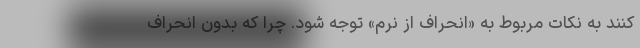
کنند به نکات مربوط به «انحراف از نُرم» توجه شود. چرا که بدون انحراف